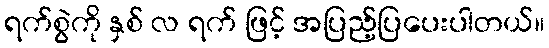
ရက်စွဲကို နှစ် လ ရက် ဖြင့် အပြည့်ပြပေးပါတယ်။